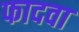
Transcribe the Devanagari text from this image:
फादवा